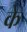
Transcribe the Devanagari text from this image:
के